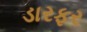
ડારફર